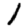
Digit: 1